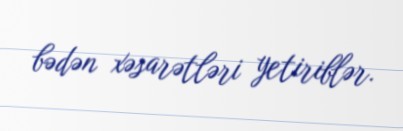
bədən xəsarətləri yetiriblər.